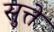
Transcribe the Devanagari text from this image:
सुत्ते